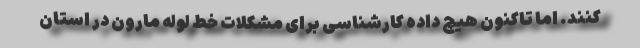
کنند. اما تاکنون هیچ داده کارشناسی برای مشکلات خط لوله مارون در استان